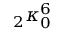
{ } _ { 2 } \kappa _ { 0 } ^ { 6 }